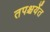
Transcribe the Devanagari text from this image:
तपश्चर्येत